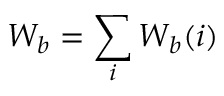
W _ { b } = \sum _ { i } W _ { b } ( i )